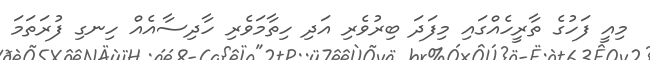
މިއީ ފަހުގެ ތާރީހެއްގައި މިފަދަ ބިރުވެރި އަދި ހިތާމަވެރި ހާދިސާއެއް ހިނގި ފުރަތަމަ